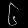
Digit: ၆